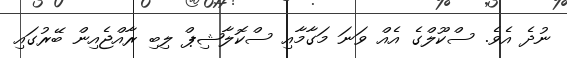
ނުދެ އެވެ. ސްކޫލްގެ އެއް ވަނަ މަގާމާއި ސްކޮލާޝިޕް ލިބި ރާއްޖެއިން ބޭރުގައި